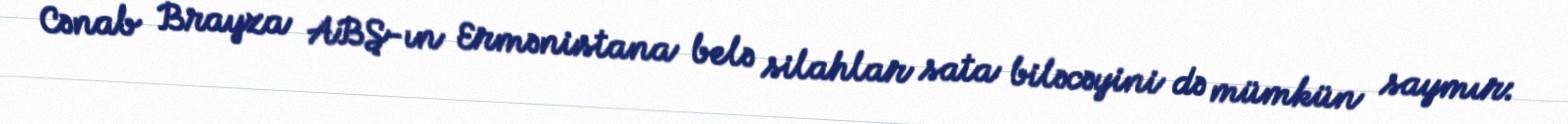
Cənab Brayza ABŞ-ın Ermənistana belə silahlar sata biləcəyini də mümkün saymır: